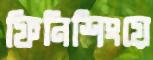
ফিনিশিংয়ে